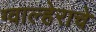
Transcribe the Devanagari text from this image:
ग्वाल्हेराचे